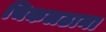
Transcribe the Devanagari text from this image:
चिकलठाना